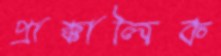
প্রাক্কালিক